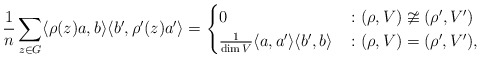
\begin{align*} \frac1n \sum_{z \in G} \langle \rho(z) a, b \rangle \langle b', \rho'(z) a' \rangle = \begin{cases} 0 &\colon (\rho,V) \ncong (\rho',V') \\ \frac1{\dim V} \langle a, a' \rangle \langle b', b \rangle &\colon (\rho,V) = (\rho',V'), \end{cases}\end{align*}